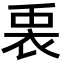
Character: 𮕵